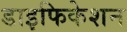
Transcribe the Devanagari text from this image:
डाइफिकेशन